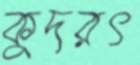
কুদরৎ